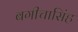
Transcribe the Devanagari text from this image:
बगीचासिंह